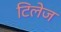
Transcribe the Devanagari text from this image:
टिलेज